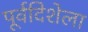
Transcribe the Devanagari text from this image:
पूर्वदिशेला